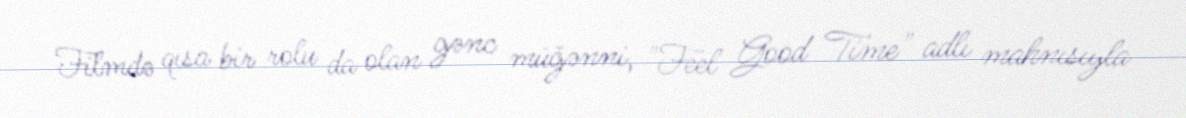
Filmdə qısa bir rolu da olan gənc müğənni, "Feel Good Time" adlı mahnısıyla